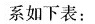
系如下表：